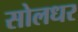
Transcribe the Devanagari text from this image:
सोलधर